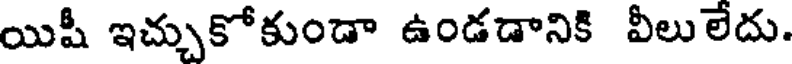
యిషీ ఇచ్చుకోకుండా ఉండడానికి వీలులేదు.